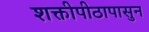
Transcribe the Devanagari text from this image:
शक्तीपीठापासुन